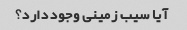
آیا سیب زمینی وجود دارد؟